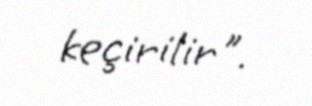
keçirilir".